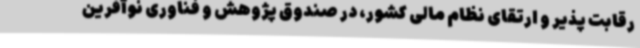
رقابت پذیر و ارتقای نظام مالی کشور، در صندوق پژوهش‌ و فناوری نوآفرین